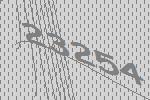
23254